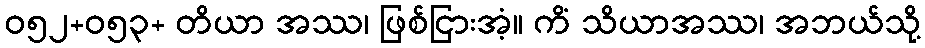
ဝ၅၂+၀၅၃+ တိယာ အဿ၊ ဖြစ်ငြားအံ့။ ကိံ သိယာအဿ၊ အဘယ်သို့